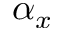
\alpha _ { x }